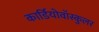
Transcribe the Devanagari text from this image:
कार्डियोवॉस्कुलर